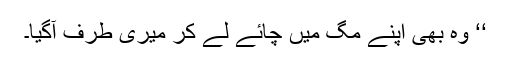
‘‘ وہ بھی اپنے مگ میں چائے لے کر میری طرف آگیا۔